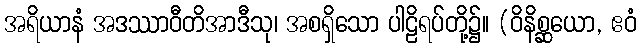
အရိယာနံ အဒဿာဝီတိအာဒီသု၊ အစရှိသော ပါဠိရပ်တို့၌။ (ဝိနိစ္ဆယော, ဧဝံ